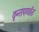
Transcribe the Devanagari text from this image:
वृन्तपर्णात